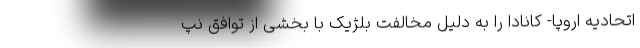
اتحادیه اروپا- کانادا را به دلیل مخالفت بلژیک با بخشی از توافق نپ